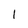
Character: 1